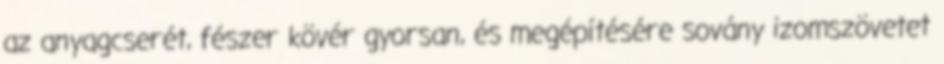
az anyagcserét, fészer kövér gyorsan, és megépítésére sovány izomszövetet